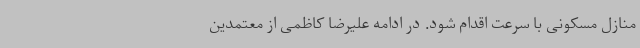
منازل مسکونی با سرعت اقدام شود. در ادامه علیرضا کاظمی از معتمدین